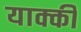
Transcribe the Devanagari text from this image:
याक्की